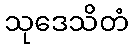
သုဒေသိတံ